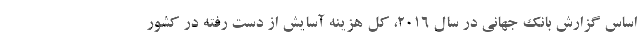
اساس گزارش بانک جهانی در سال ۲۰۱۶، کل هزینه آسایش از دست رفته در کشور